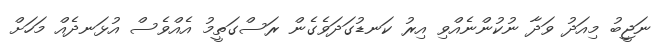
ނަޖީބު މިއަދު ވަދާ ނުކުންނެއްވި އިރު ކަނޑުގަދަވެގެން ރަސްގަތީމު އެއްވެސް އުޅަނދެއް މަަހަށް